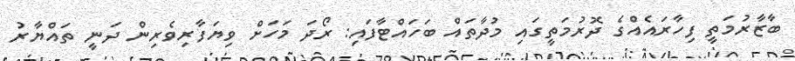
ބާޒާރުމަތީ ފިހާރައެއްގެ ދޮރުމަތީގައި މުދާތައް ބަހައްޓާފައި: ރޯދަ މަހަށް ވިޔަފާރިވެރިން ދަނީ ތައްޔާރު